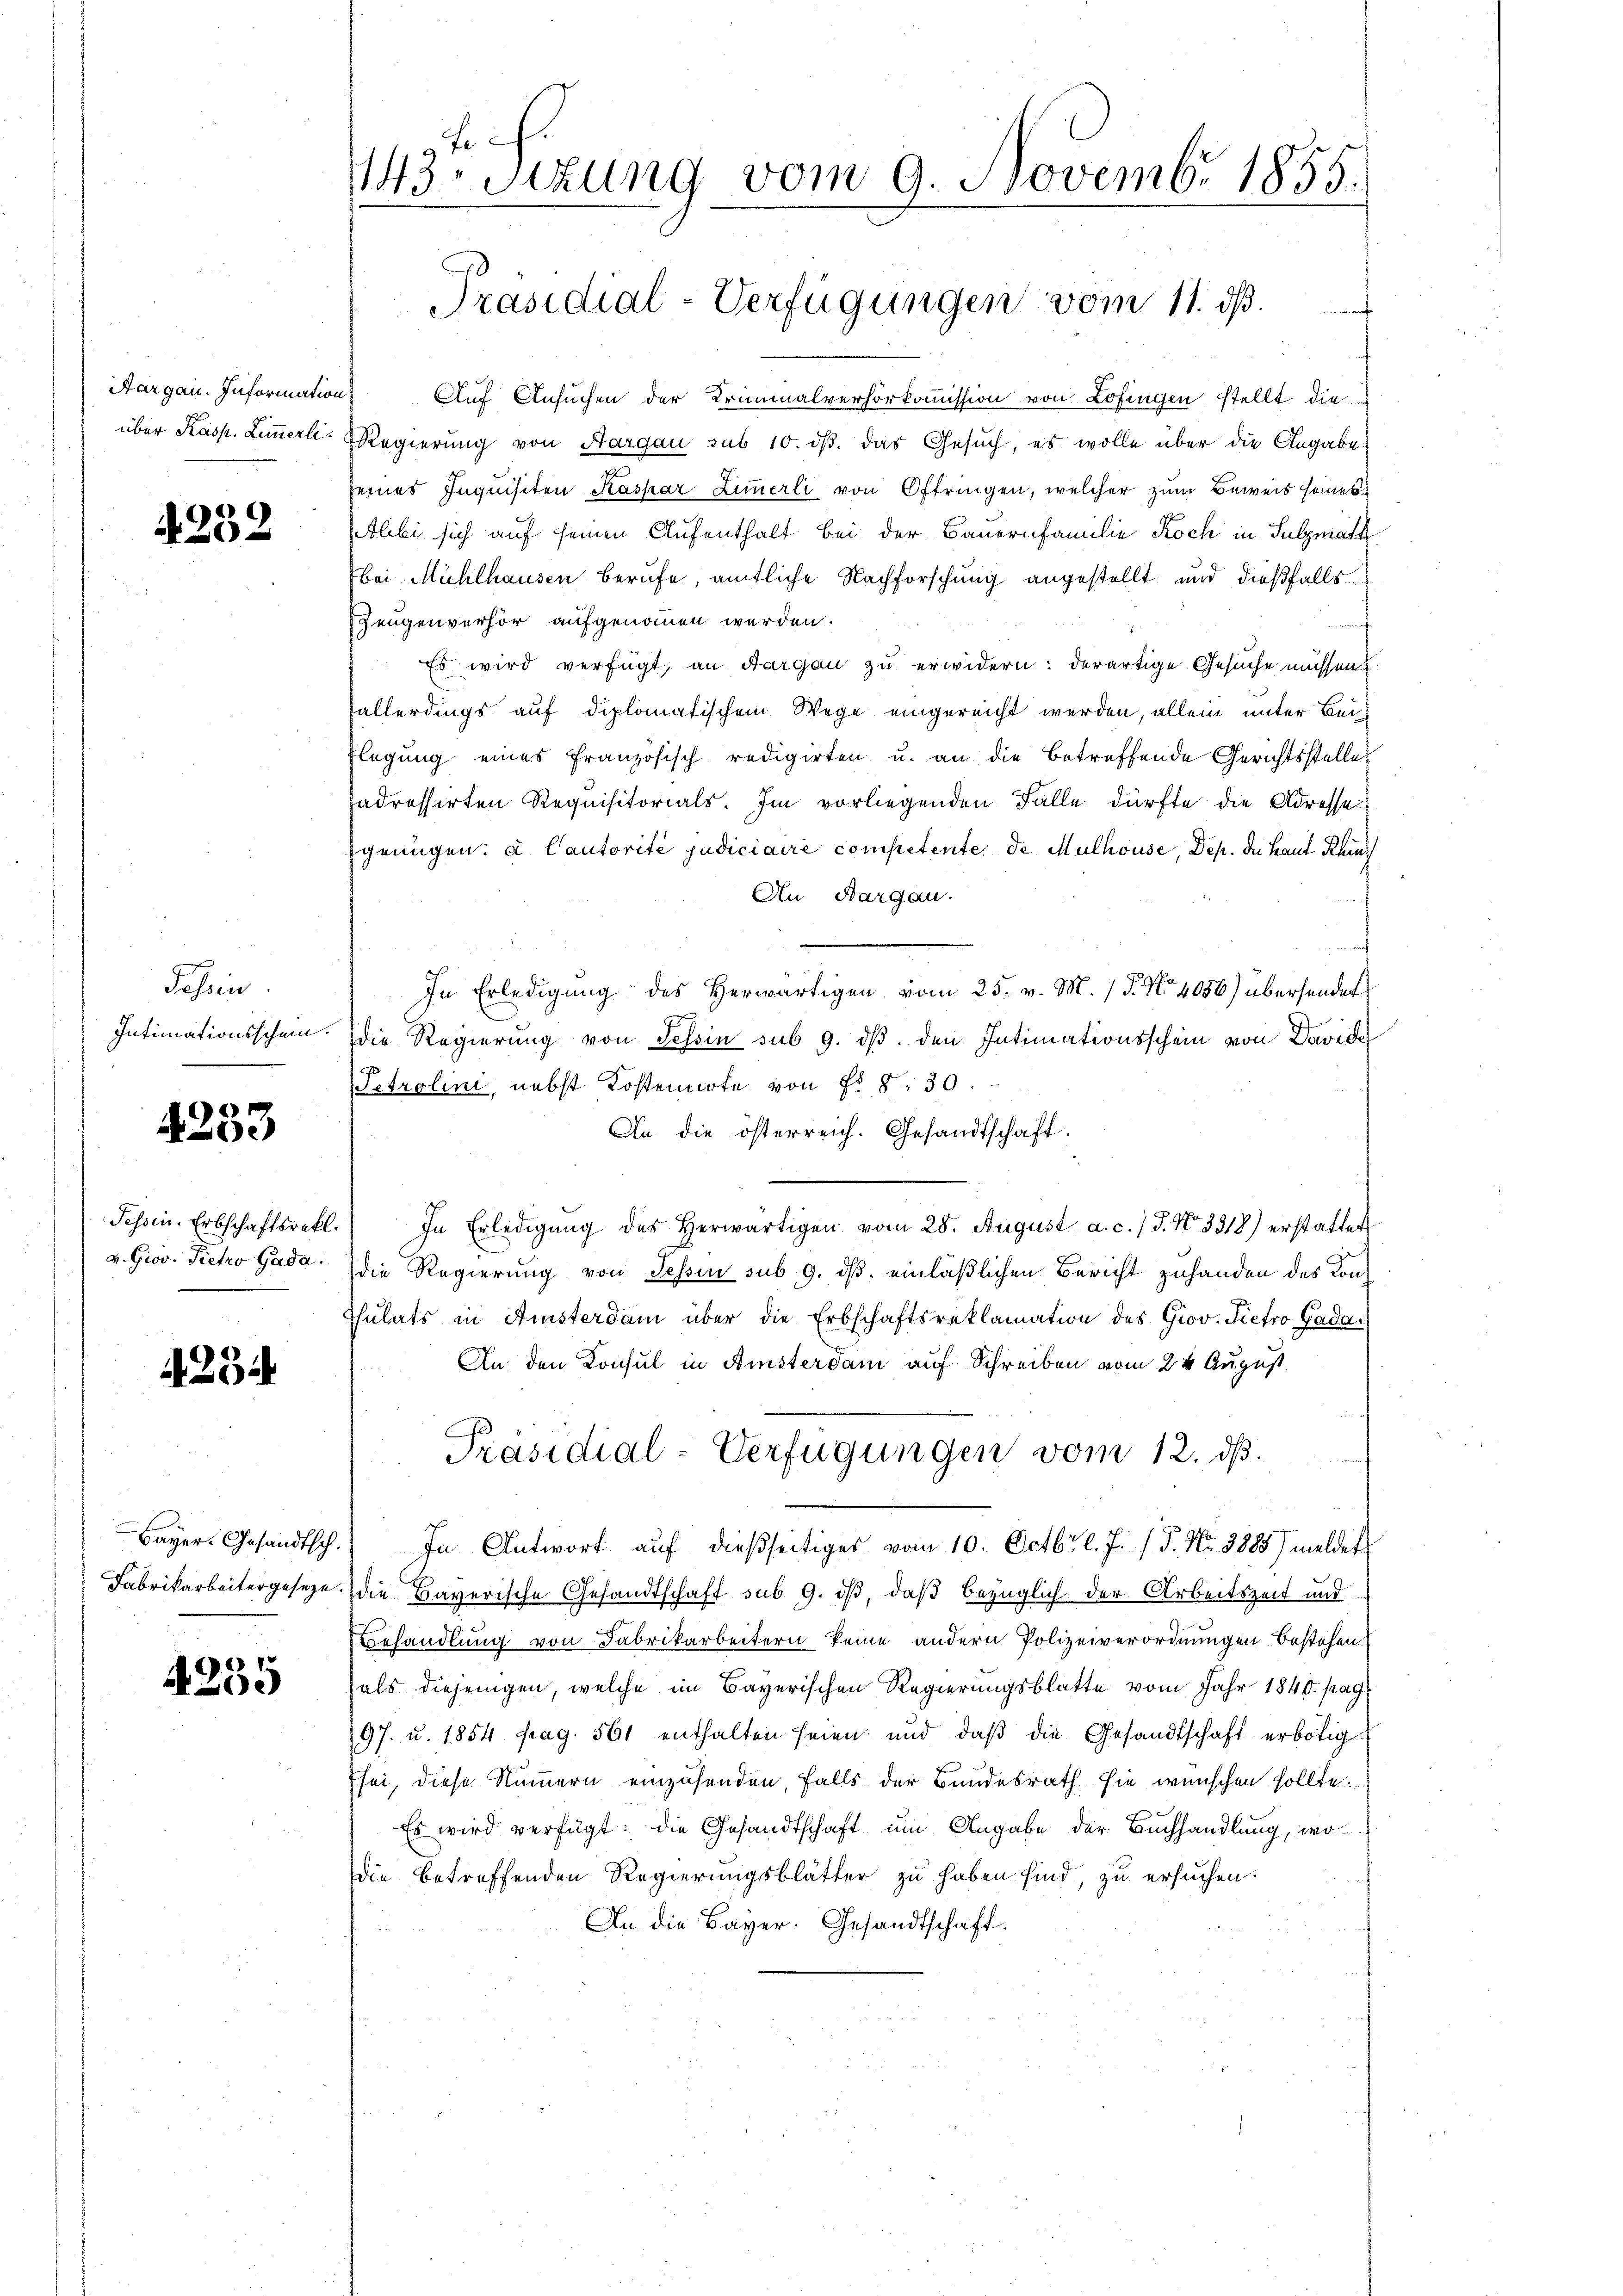
Aargau. Information

4252

Tessin
Intimationsschein.

4233

v. Giov. Victo Gada:

25

4255

L f.
143 sizung vom 9. Novembr 1855.

f
Auf Ansuchen der Kriminalverhörkoṁission von Lofingen stellt die
über Kasp. Zimmerl. Regierung von Aargau sub 10. dβ. das Gesuch, es wolle über die Angabe
seines Inquisiten Kaspar Zimmerli von Oftringen, welcher zum Beweis seines
etlibi sich auf seinen Aufenthalt bei der Bauernfamilie Koch in Sulzmath
bei Mühlhausen berufe, amtliche Nachforschung angestellt und dießfalls
Zeugenverhör aufgenommen werden.
Es wird verfügt, an Aargau zu erwidern: derartige Gesuche müssen:
allerdings auf diplomatischem Wege eingereicht werden, allein unter Beilegung eines französisch redigirten u. an die betreffende Gerichtsstelle
adressirten Requisitorials. Im vorliegenden Falle dürfte die Adresse
genügen: a Cautorité judiciaire competente de Mulhouse, Dep. die Haut Khind
An Bargau.
In Erledigung des Herwärtigen vom 25. v. M. / 5. No 1056) übersendet
Die Regierung von Tessin sub 9. dβ. den Intimationsschein von Davide
Petrolini, nebst Kostennote von N. 8: 30.
An die österreich. Gesandtschaft
Fessen. Erbschaftsretl. In Erledigŭng des herwärtigen vom 28. August a. c. / 5. No. 3318) erstattet
die Regierung von Tessin sub. 9. ds. einläßlichen Bericht zuhanden des Kon¬
Thulats in Amsterdam über die Erbschaftsreklamation des Grov. Pietro Gada
An den Konsul in Amsterdam auf Schreiben vom 24. August.
Präsidial-Verfügungen vom 12. dß.
Bayer. Gesandtsch. In Antwort aŭf dießseitiges vom 10. Octbr. l. J. (T. Nr. 3885) meldet
Fabrikarbeitergeseze. die Bayerische Gesandtschaft sub 9. iß, daß bezüglich der Arbeitszeit und
Behandlung von Fabrikarbeitern keine andern Polizeiverordnungen bestehen
als diejenigen, welche im Bayerischen Regierungsblatte vom Jahr 1848. pag
97. u. 1854 pag. 561 enthalten seien und daß die Gesandtschaft erbötig
Esei, diese Nummern einzusenden, falls der Bundesrath sie wünschen sollte.
Es wird verfügt: die Gesandtschaft um Angabe der Buchhandlung, wo
die betreffenden Regierungsblätter zu haben sind, zu ersuchen.
An die Bayer. Gesandtschaft.

Präsidial-Verfügungen vom 11. ds.